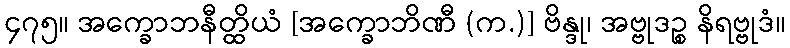
၄၇၅။ အက္ခောဘနီတ္ထိယံ [အက္ခောဘိဏီ (က.)] ဗိန္ဒု၊ အဗ္ဗုဒဉ္စ နိရဗ္ဗုဒံ။